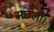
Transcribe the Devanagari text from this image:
मछली।